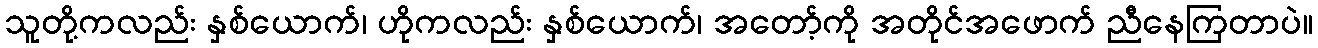
သူတို့ကလည်း နှစ်ယောက်၊ ဟိုကလည်း နှစ်ယောက်၊ အတော့်ကို အတိုင်အဖောက် ညီနေကြတာပဲ။